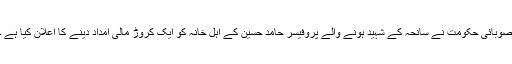
صوبائی حکومت نے سانحہ کے شہید ہونے والے پروفیسر حامد حسین کے اہل خانہ کو ایک کروڑ مالی امداد دینے کا اعلان کیا ہے ۔